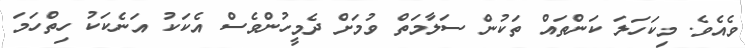
ވެއެވެ. މިކަހަލަ ކަންތައް ތަކުން ސަލާމަތް ވުމަށް ދެމީހުންވެސް އެކަކު އަނެކަކު ހިތްހަމަ